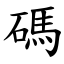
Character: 碼